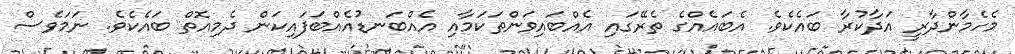
މެހެމާންދާރީ އަދާކުރާ ބައެކެވެ. އެބައެއްގެ ތެރޭގައި އެއްބައިވަންތަކަމާއި އެއްބަނޑުއެއްބަފައިކަން ދެމިއޮތް ބައެކެވެ. ނަމަވެސް